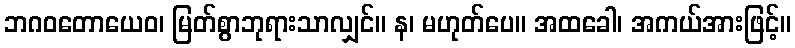
ဘဂဝတောယေဝ၊ မြတ်စွာဘုရားသာလျှင်။ န၊ မဟုတ်ပေ။ အထခေါ၊ အကယ်အားဖြင့်။